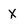
Character: X